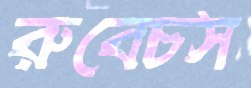
রুবেচস